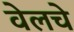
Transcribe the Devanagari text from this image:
वेलचे